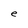
Character: e